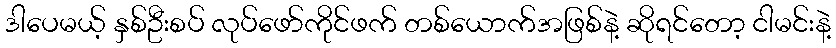
ဒါပေမယ့် နှစ်ဦးစပ် လုပ်ဖော်ကိုင်ဖက် တစ်ယောက်အဖြစ်နဲ့ ဆိုရင်တော့ ငါမင်းနဲ့